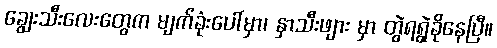
ချွေးသီးလေးတွေက မျက်ခုံးပေါ်မှာ၊ နှာသီးဖျား မှာ တွဲရရွဲခိုနေပြီ။